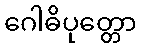
ဂေါဓိပုတ္တော